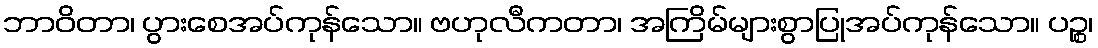
ဘာဝိတာ၊ ပွားစေအပ်ကုန်သော။ ဗဟုလီကတာ၊ အကြိမ်များစွာပြုအပ်ကုန်သော။ ပဉ္စ၊